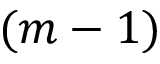
( m - 1 )